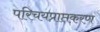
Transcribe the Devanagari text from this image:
परिचयप्राप्तकरण